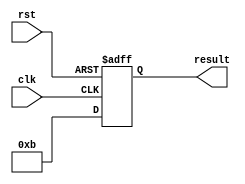
module multiple_iterators_loop (
    input wire clk,
    input wire rst,
    output reg [7:0] result
);
    
reg [2:0] iterator1;
reg [3:0] iterator2;
reg [1:0] iterator3;

always @(posedge clk or posedge rst) begin
    if (rst) begin
        iterator1 <= 0;
        iterator2 <= 0;
        iterator3 <= 0;
        result <= 0;
    end else begin
        for(iterator1 = 0; iterator1 < 4; iterator1 = iterator1 + 1) begin
            for(iterator2 = 0; iterator2 < 8; iterator2 = iterator2 + 1) begin
                for(iterator3 = 0; iterator3 < 2; iterator3 = iterator3 + 1) begin
                    // Perform operations based on iterators
                    result <= iterator1 + iterator2 + iterator3;
                end
            end
        end
    end
end

endmodule